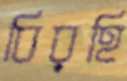
বিরহি